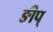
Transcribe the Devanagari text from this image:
ङीप्